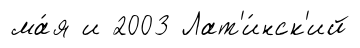
ма́я и 2003 Лат'и́нск'ий